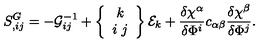
S _ { , i j } ^ { G } = - { \cal G } _ { i j } ^ { - 1 } + \left\{ \begin{array} { c } { k } \\ { i \ j } \\ \end{array} \right\} { \cal E } _ { k } + \frac { \delta \chi ^ { \alpha } } { \delta \Phi ^ { i } } c _ { \alpha \beta } \frac { \delta \chi ^ { \beta } } { \delta \Phi ^ { j } } .